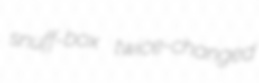
snuff-box twice-changed